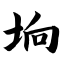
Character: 垧